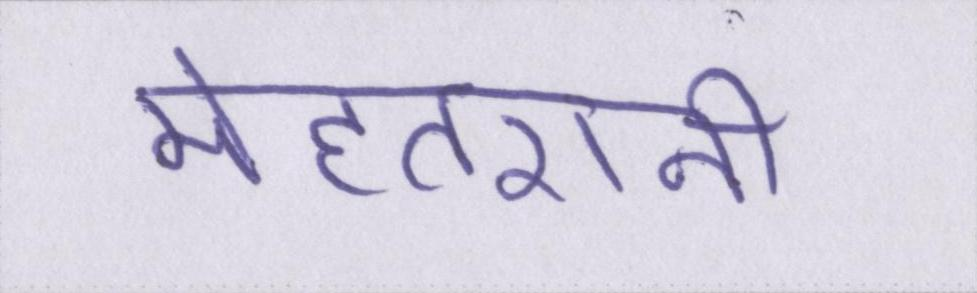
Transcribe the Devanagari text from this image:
मेहतरानी